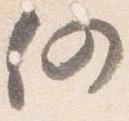
仍